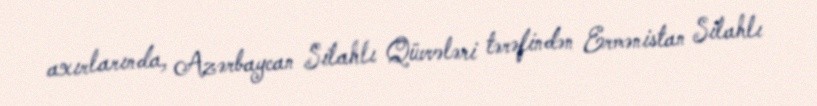
axırlarında, Azərbaycan Silahlı Qüvvələri tərəfindən Ermənistan Silahlı